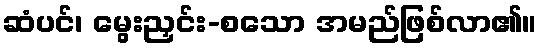
ဆံပင်၊ မွေးညှင်း-စသော အမည်ဖြစ်လာ၏။